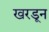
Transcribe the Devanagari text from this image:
खरडून